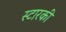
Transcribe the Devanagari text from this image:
स्टारकी